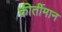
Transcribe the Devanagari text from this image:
कीर्तीमान